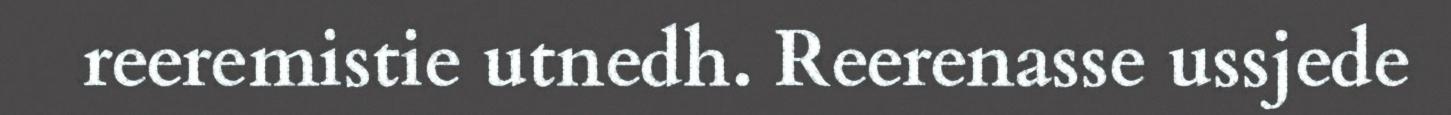
reeremistie utnedh. Reerenasse ussjede